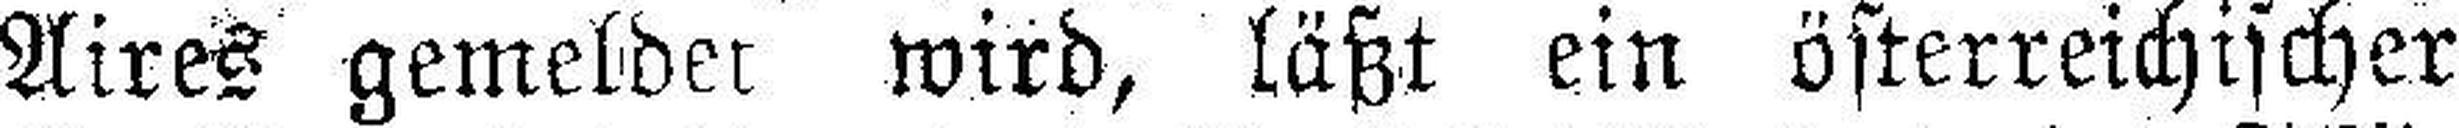
Aires gemeldet wird, läßt ein österreichischer